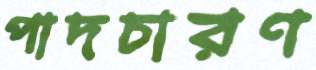
পাদচারণ